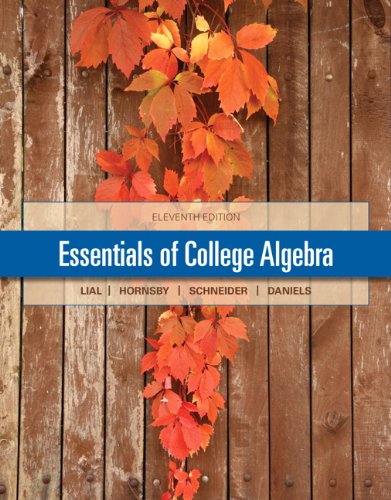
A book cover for Essentials of College Algebra (11th Edition); Margaret L. Lial; Science & Math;